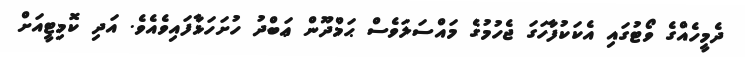
ދެމީހެއްގެ ވޯޓުގައި އެކަކުފާހަގަ ޖެހުމުގެ މައްސަލަވެސް ޙަމްދޫން ޢަބްދު ހުށަހަޅާފައިވެއެވެ. އަދި ކޮމިޓީއަށް